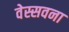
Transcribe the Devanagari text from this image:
वेस्सवना